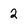
Character: 2